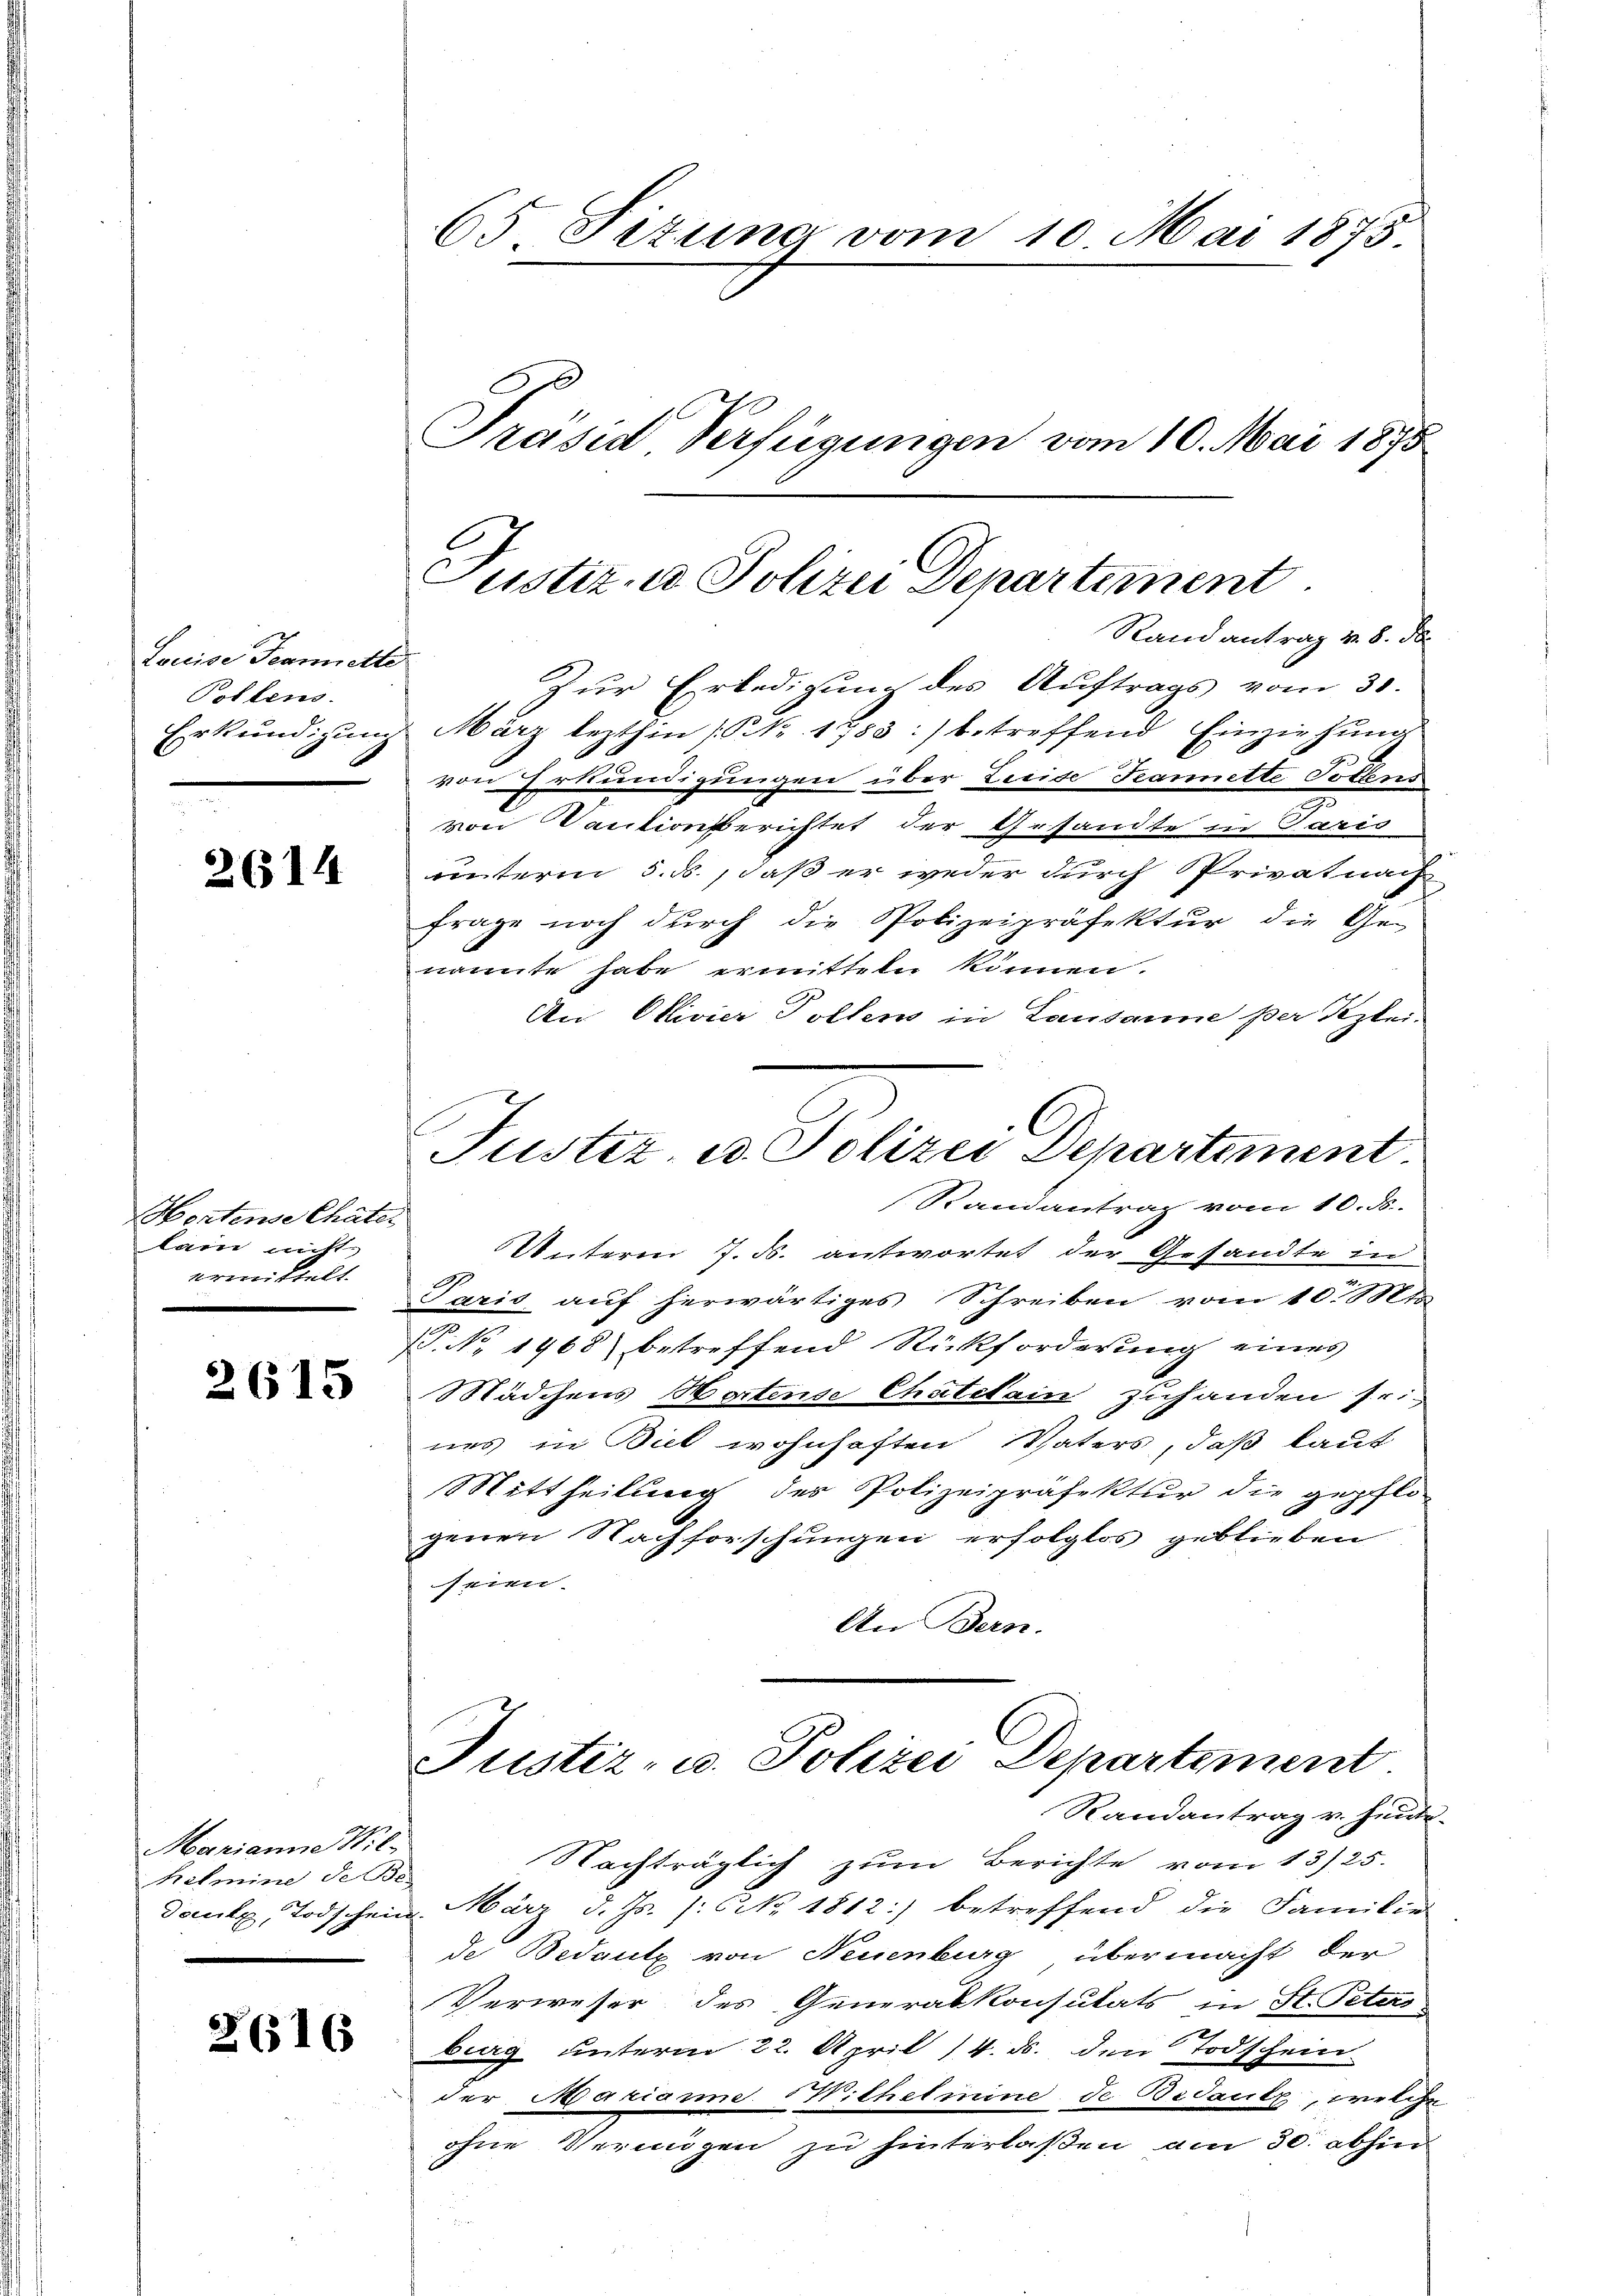
Louise Fearette
Pollens.
Erkundigung

2614

Hortense Chäter
lain nicht
ermittelt.

2615

Marianne Wil-
Kelmine de Be

2616

65 Situng vom 10. Mai 1875.

Präsid Verfügungen vom 10. Mai 1875

Justiz u. Polizei Departement

Rand antrag v. 8. de
Zŭr Erledigung des Aŭftrags vom 30.
März lezthin (P. Nr. 1788:/ betreffend Einziehung
von Erkundigungen über Zeite Feannette Tollens
von Vautionsberichtet der Gesandte in Paris
unterm 5. d., daß er weder durch Privatnach
Frage noch durch die Polizeipräfektur die Ge-
nannte habe ermitteln können.
An Olivier Tollem in Lausanne per Klei-
Justiz- u. Polizei Departement.
Randantrag vom 10. ds.
Unterm 7. d. antwortet der Gesandte in
Paris auf herwärtiges Schreiben vom 10. Mts.
P. No. 1968 betreffend Rückforderung eines
Mädchens Hartense Chatikain zuhanden fr.
nes in Biel wohnhaften Vaters, daß laut
Mittheilung der Polizeipräfektur die gepfligenen Nachforschungen erfolglos geblieben
srien.
An Bern.

Justiz- u. Polizei Departement.

Randantrag v. Hinde-
Nachträglich zum Berichte vom 13./25.
danke, Todschein März d. Js. (: NNo. 1812 betreffend die Familie
de Bedeute von Neuenburg übermacht der
Verweser des Generalkonsutats in St. Peters
burg unterm 22. April 14. ds. den Todschein
der Marianne Wilhelmine de Bedautz, welche
ohne Vermögen zu hinterlaßen am 30. abhin